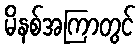
မိနစ်အကြာတွင်